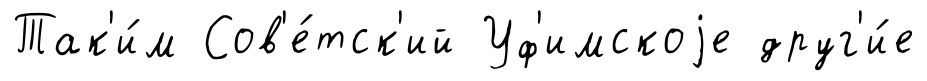
Так'и́м Сов'е́тск'ий Уф'имскоjе друг'и́е